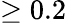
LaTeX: \geq 0.2